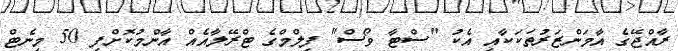
ރާއްޖޭގެ އާމަންޒަރުތަކަކާއި އެކު "ސްޓާ ވޯސް" ފިލްމްގެ ޓްރޭލާއެއް އާންމުކޮށްފި 50 މިނެޓް